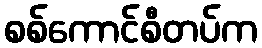
စစ်ကောင်စီတပ်က